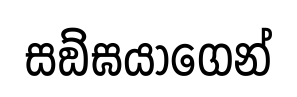
සඞ්ඝයාගෙන්